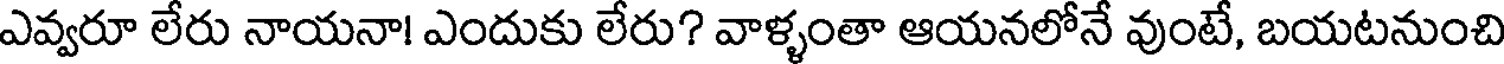
ఎవ్వరూ లేరు నాయనా! ఎందుకు లేరు? వాళ్ళంతా ఆయనలోనే వుంటే, బయటనుంచి